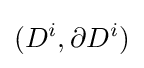
(D^{i},\partial D^{i})